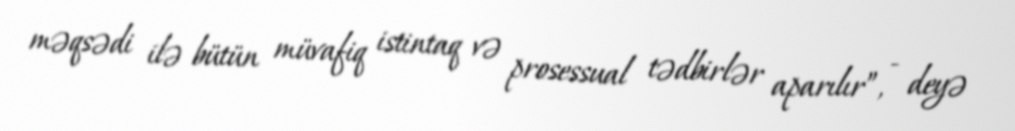
məqsədi ilə bütün müvafiq istintaq və prosessual tədbirlər aparılır”, - deyə